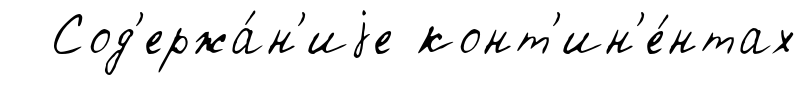
Сод'ержа́н'иjе конт'ин'е́нтах